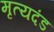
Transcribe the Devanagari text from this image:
मृत्यदंड